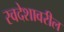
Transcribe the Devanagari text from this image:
स्वदेशावरील